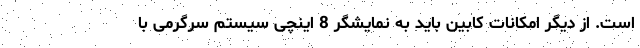
است. از دیگر امکانات کابین باید به نمایشگر 8 اینچی سیستم سرگرمی با